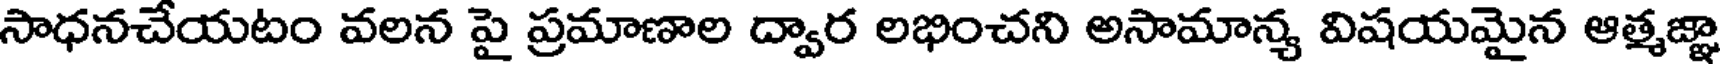
సాధనచేయటం వలన పై ప్రమాణాల ద్వార లభించని అసామాన్య విషయమైన ఆత్మజ్ఞా